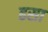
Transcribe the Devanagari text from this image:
ढसा